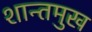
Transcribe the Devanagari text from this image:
शान्तमुख